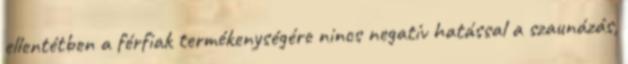
ellentétben a férfiak termékenységére nincs negatív hatással a szaunázás,